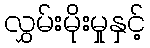
လွှမ်းမိုးမှုနှင့်